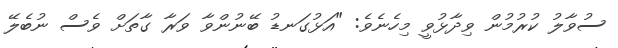
ސުވާލު ކުރުމުން ވިދާޅުވީ މިހެނެވެ: "އަޅުގަނޑު ބޭނުންވާ ވަރާ ގާތަށް ވެސް ނުބެލޭ